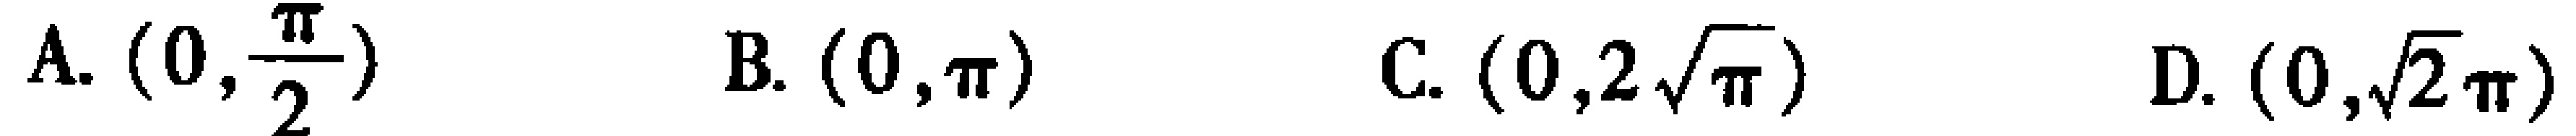
A. \((0,\frac{\pi}{2})\)  B. \((0,\pi)\)  C. \((0,2\sqrt{\pi})\)  D. \((0,\sqrt{2}\pi)\)